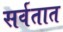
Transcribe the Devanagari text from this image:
सर्वतात